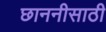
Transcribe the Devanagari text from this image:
छाननीसाठी